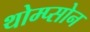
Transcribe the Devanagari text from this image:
थोम्प्सोन